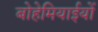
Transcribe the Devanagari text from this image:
बोहेमियाईयों